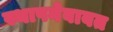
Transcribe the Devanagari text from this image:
स्थापनेबाबत